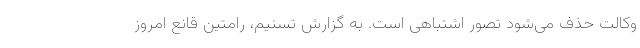
وکالت حذف می‌شود تصور اشتباهی است. به گزارش تسنیم، رامتین قانع امروز